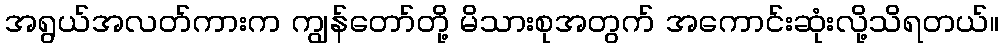
အရွယ်အလတ်ကားက ကျွန်တော်တို့ မိသားစုအတွက် အကောင်းဆုံးလို့သိရတယ်။